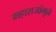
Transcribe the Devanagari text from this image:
महाराजांमुळे